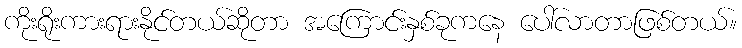
ကိုးရိုးကားရားနိုင်တယ်ဆိုတာ အကြောင်းနှစ်ခုကနေ ပေါ်လာတာဖြစ်တယ်။